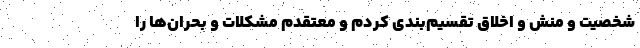
شخصیت و منش و اخلاق تقسیم‌بندی کردم و معتقدم مشکلات و بحران‌ها را